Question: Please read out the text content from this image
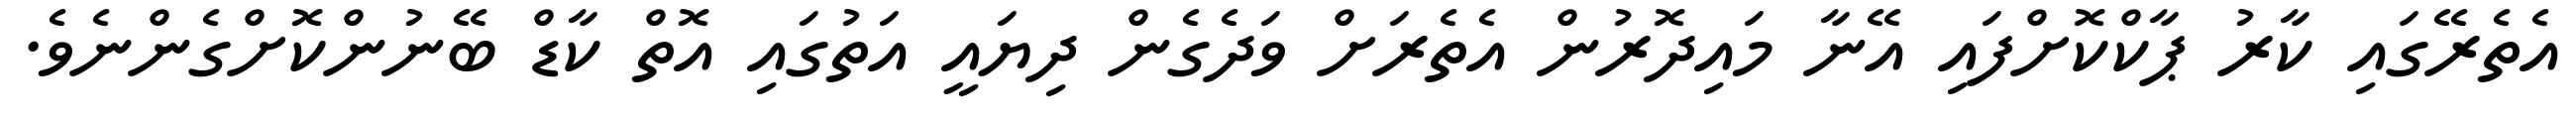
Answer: އެތެރޭގައި ކާރު ޕާކްކޮށްފައި އޭނާ މައިދޮރުން އެތެރަށް ވަދެގެން ދިޔައީ އަތުގައި އޮތް ކާޑް ބޭނުންކޮށްގެންނެވެ.